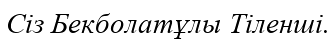
Сіз Бекболатұлы Тіленші.